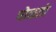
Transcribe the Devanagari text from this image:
पोळतो